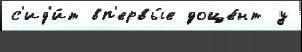
с'ид'и́т вп'ервы́е доце́нт у